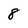
Character: 8